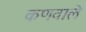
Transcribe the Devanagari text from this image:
कणवाले